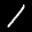
Label: 1